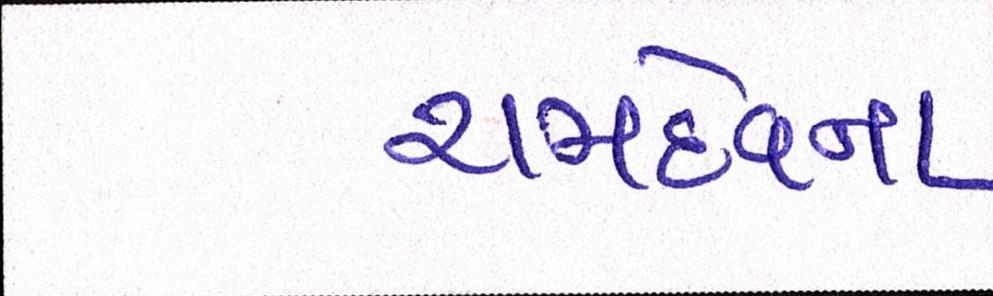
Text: રામદેવના